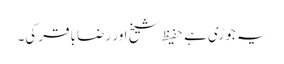
یہ جوڑی ہے حفیظ شیخ اور رضا باقر کی۔